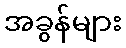
အခွန်များ